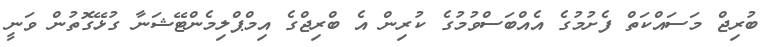
ބުރިޖް މަސައްކަތް ފެށުމުގެ އެއްބަސްވުމުގެ ކުރިން އެ ބްރިޖްގެ އިމްޕްލިމެންޓޭޝަނާ ގުޅޭގޮތުން ވަނީ